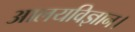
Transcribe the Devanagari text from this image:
आलयविज्ञान।